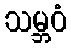
သမ္ဘဝံ